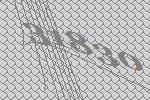
31830